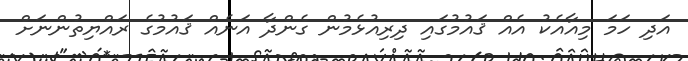
އަދި ހަމަ މިއާއެކު އެއް ޤައުމުގައި ދިރިއުޅެމުން ގެންދާ އަނެއް ޤައުމުގެ ރައްޔިތުންނަށް